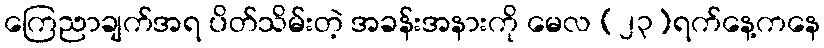
ကြေညာချက်အရ ပိတ်သိမ်းတဲ့ အခန်းအနားကို မေလ (၂၃)ရက်နေ့ကနေ